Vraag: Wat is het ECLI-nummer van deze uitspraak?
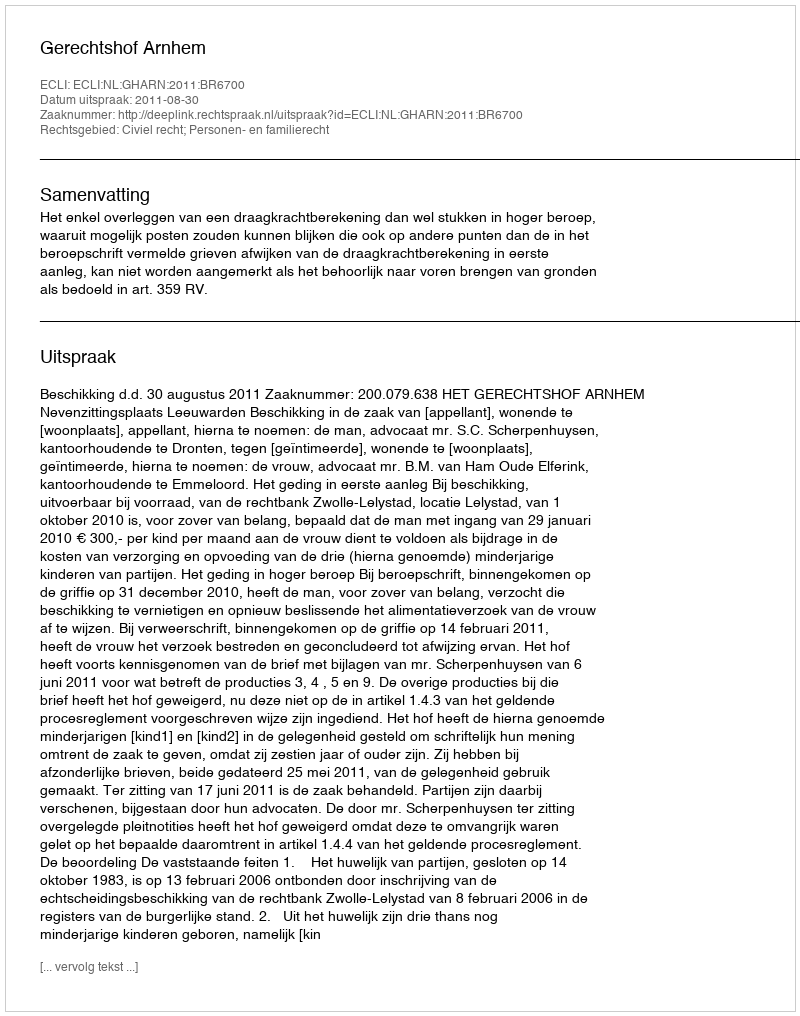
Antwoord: ECLI:NL:GHARN:2011:BR6700